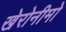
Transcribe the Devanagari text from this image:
खेरोनीमो